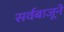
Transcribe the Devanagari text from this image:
सर्वबाजूने